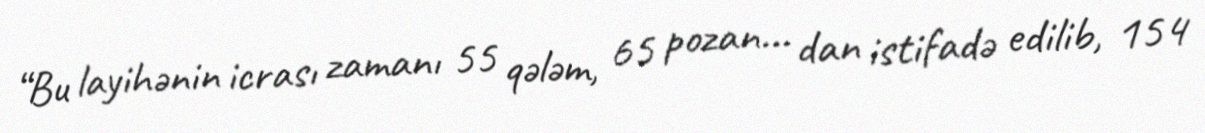
“Bu layihənin icrası zamanı 55 qələm, 65 pozan... dan istifadə edilib, 154